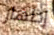
إظهار